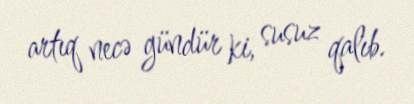
artıq necə gündür ki, susuz qalıb.